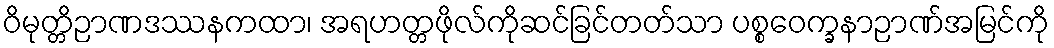
ဝိမုတ္တိဉာဏဒဿနကထာ၊ အရဟတ္တဖိုလ်ကိုဆင်ခြင်တတ်သာ ပစ္စဝေက္ခနာဉာဏ်အမြင်ကို